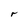
Character: r